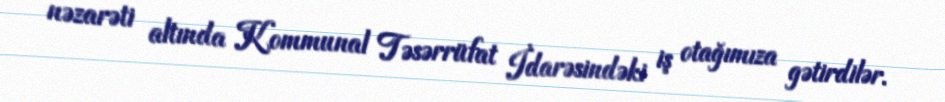
nəzarəti altında Kommunal Təsərrüfat İdarəsindəki iş otağımıza gətirdilər.